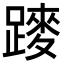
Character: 𨄣